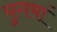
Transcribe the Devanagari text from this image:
युगमां